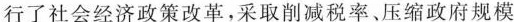
进行了社会经济政策改革，采取削减税率、压缩政府规模